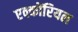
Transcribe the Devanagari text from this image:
एक्कोंरियल